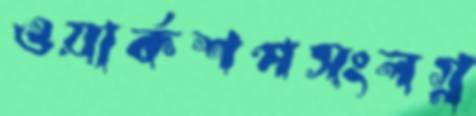
ওয়ার্কশপসংলগ্ন